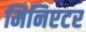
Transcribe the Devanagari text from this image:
मिनिएटर